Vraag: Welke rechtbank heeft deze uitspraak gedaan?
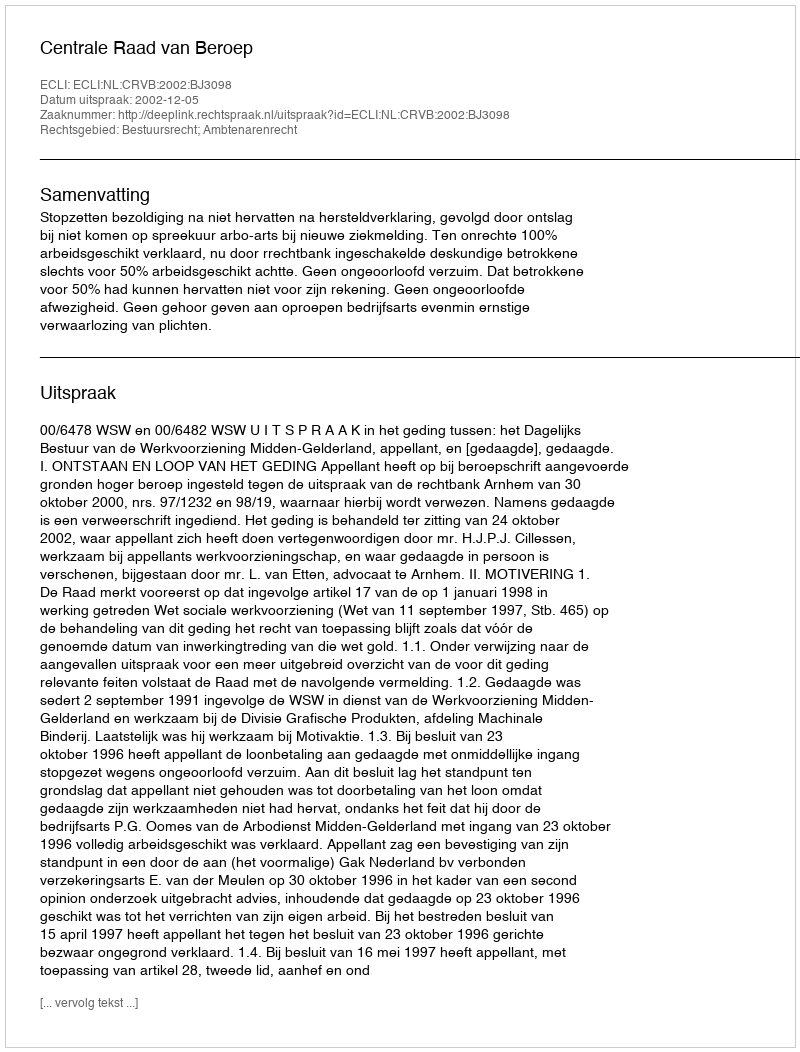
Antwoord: Centrale Raad van Beroep